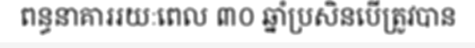
ពន្ធនាគាររយៈពេល ៣០ ឆ្នាំប្រសិនបើត្រូវបាន